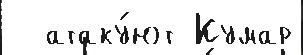
  атаку́ют Кумар